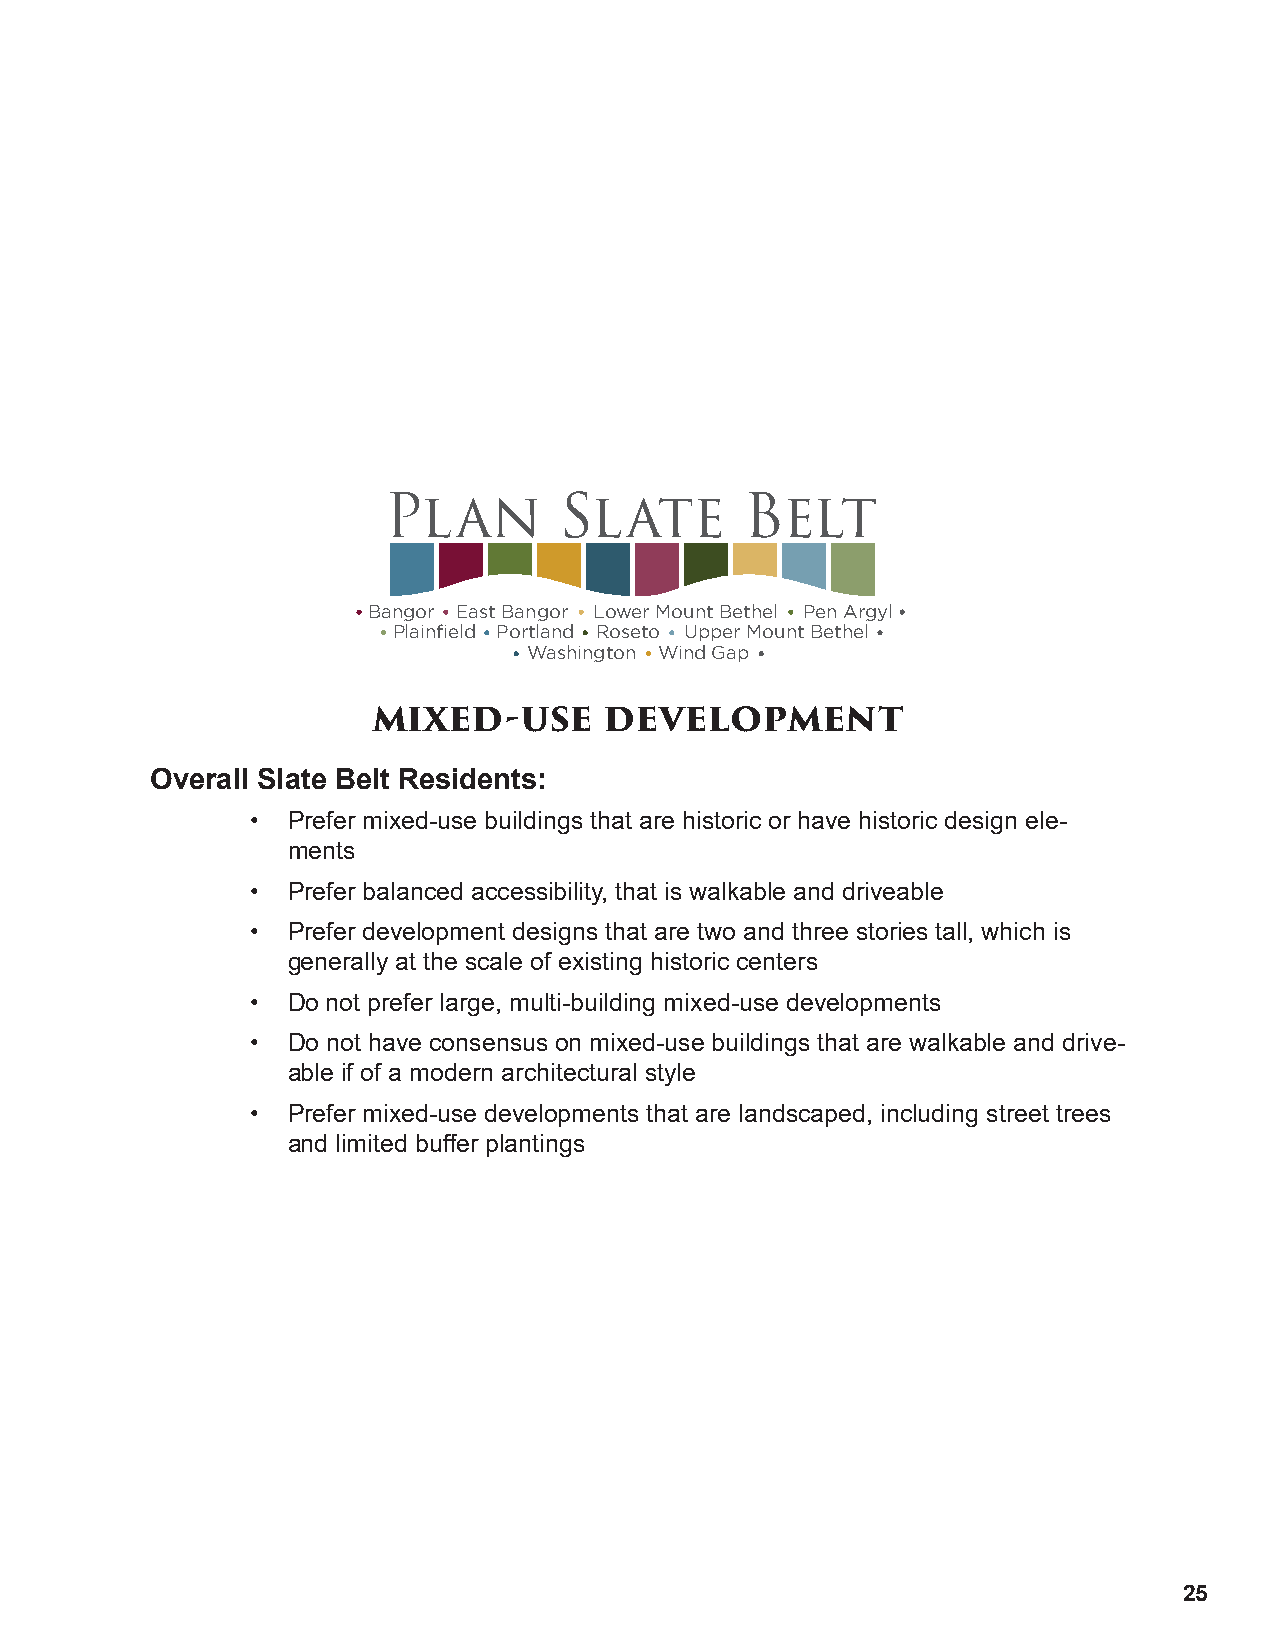
Plan        Slate       Belt
 Bangor East Bangor Lower Mount Bethel Pen Argyl
 Plainfield Portland Roseto Upper Mount Bethel
 Washington Wind Gap
 mixed-use      development
 Overall Slate Belt Residents:
 • Prefer mixed-use buildings that are historic or have historic design ele-
 ments
 • Prefer balanced accessibility, that is walkable and driveable
 • Prefer development designs that are two and three stories tall, which is
 generally at the scale of existing historic centers
 • Do not prefer large, multi-building mixed-use developments
 • Do not have consensus on mixed-use buildings that are walkable and drive-
 able if of a modern architectural style
 • Prefer mixed-use developments that are landscaped, including street trees
 and limited buffer plantings
 25